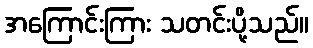
အကြောင်းကြား သတင်းပို့သည်။